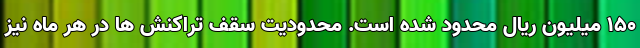
۱۵۰ میلیون ریال محدود شده است. محدودیت سقف تراکنش ها در هر ماه نیز